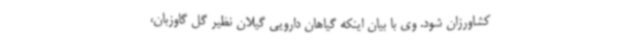
کشاورزان شود. وی با بیان اینکه گیاهان دارویی گیلان نظیر گل گاوزبان،